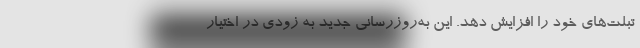
تبلت‌های خود را افزایش دهد. این به‌روزرسانی جدید به زودی در اختیار